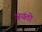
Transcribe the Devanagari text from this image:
जयंतो